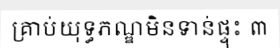
គ្រាប់យុទ្ធភណ្ឌមិនទាន់ផ្ទុះ ៣